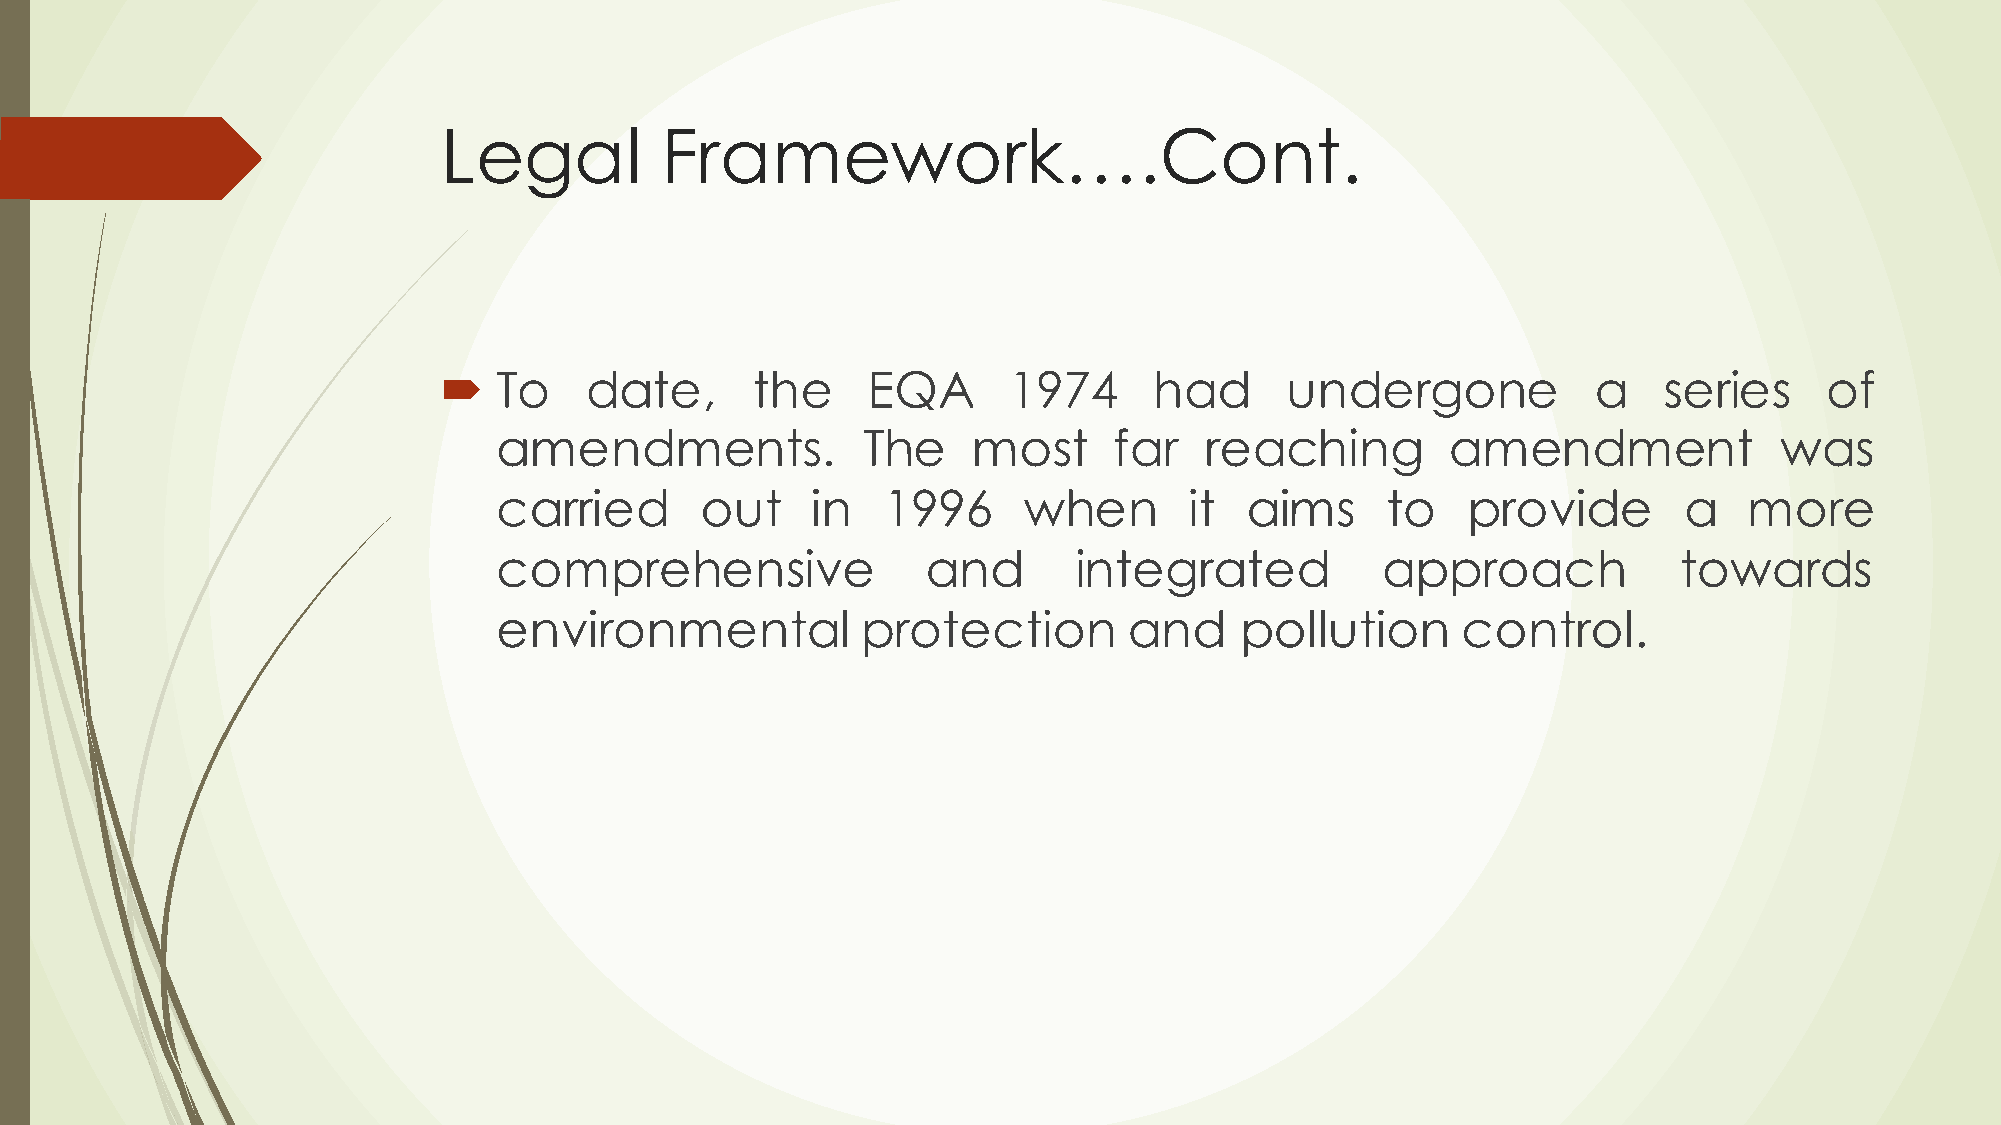
Legal          Framework….Cont.
 ´  To    date,      the    EQA       1974     had      undergone            a   series     of
 amendments.             The    most      far   reaching        amendment             was
 carried      out     in  1996      when       it aims      to   provide       a    more
 comprehensive               and       integrated          approach            towards
 environmental           protection        and    pollution      control.